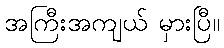
အကြီးအကျယ် မှားပြီ။